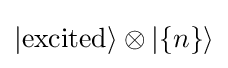
|{\text{excited}}\rangle \otimes |\{n\}\rangle